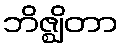
ဘိဇ္ဈိတာ